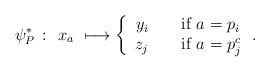
LaTeX: \begin{align*} \psi_P^*\ \colon\ x_a\ \longmapsto \left\{ \begin{array}{rcl} y_i&\ &\mbox{if } a=p_i\\ z_j&&\mbox{if } a=p^c_j \end{array}\right. .\end{align*}